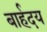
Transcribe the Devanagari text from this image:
बार्हदय